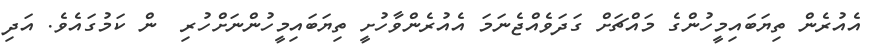
އެއުރެން ތިޔަބައިމީހުންގެ މައްޗަށް ގަދަވެއްޖެނަމަ އެއުރެންވާހުށީ ތިޔަބައިމީހުންނަށްހުރި  ން ކަމުގައެވެ. އަދި